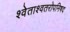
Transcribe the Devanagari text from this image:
श्वेताश्वतरोपनिषद